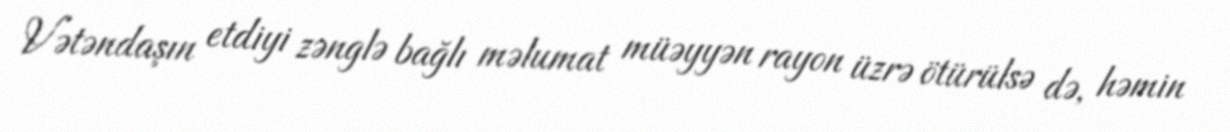
Vətəndaşın etdiyi zənglə bağlı məlumat müəyyən rayon üzrə ötürülsə də, həmin